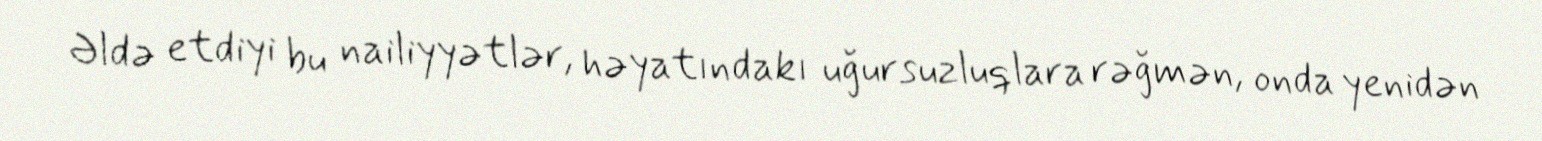
Əldə etdiyi bu nailiyyətlər, həyatındakı uğursuzluqlara rəğmən, onda yenidən